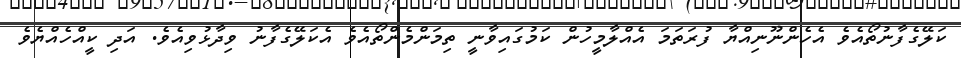
ކަލޭގެފާނުތޯއެވެ އެހެންނޫނިއްޔާ ފުރަތަމަ އެއްލާމީހުން ކަމުގައިވާނީ ތިމަންމެންތޯއެވެ އެކަލޭގެފާނު ވިދާޅުވިއެވެ. އަދި ކީއްހެއްޔެވެ